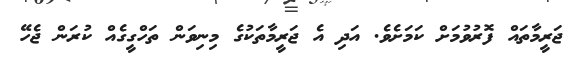
ޖަރީމާތައް ފޮރުވުމަށް ކަމަށެވެ. އަދި އެ ޖަރީމާތަކުގެ މިނިވަން ތަހްގީގެއް ކުރަން ޖެހޭ